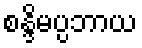
စန္ဒိမပ္ပဘာယ